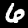
Label: 6